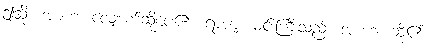
ဤသို့။ အာဟ၊ လျှောက်ဆိုပေ၏။ ရာဇာ၊ မင်းကြီးသည်။ အာဟ၊ ဆို၏။